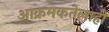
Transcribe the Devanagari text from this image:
आक्रमकतेलाही